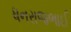
ધનરાજભાઈ